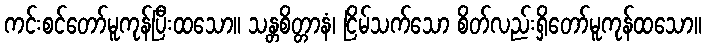
ကင်းစင်တော်မူကုန်ပြီးထသော။ သန္တစိတ္တာနံ၊ ငြိမ်သက်သော စိတ်လည်းရှိတော်မူကုန်ထသော။